Madras plague regulations in force outside the Presidency town - Volume 1
Disease focus: Plague
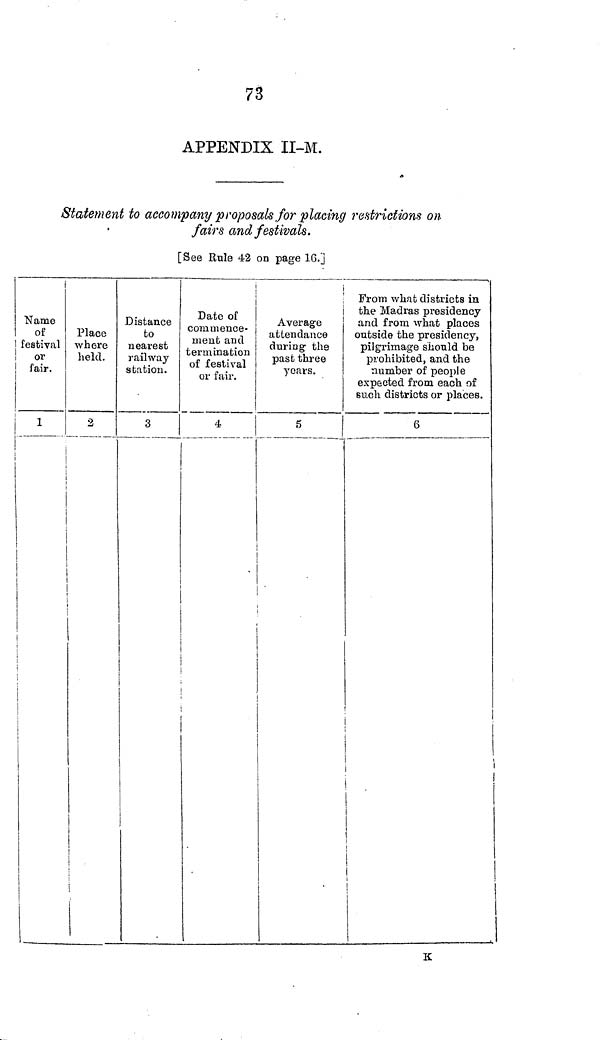
73
APPENDIX II-M.
Statement to accompany proposals for placing restrictions on-
fair s and festivals.
[See Rule 42 on page 16.]
[
Name
of
1 festival
or
fair.
i
1
|
Place
where
held.
2
Distance
to
nearest
railway
station.
3
Date of
commence-
ment and
termination
of festival
or fair.
4
Average
attendance
during the
past three
years.
5
i
|
From what districts in
the Madras presidency
and from what places
outside the presidency,
pilgrimage should be
prohibited, and the
number of people
expected from each of
such districts or places.
6
1